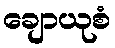
ချောယုစံ